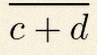
\frac{a+b}{c+d}